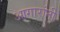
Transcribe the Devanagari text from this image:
आगारांनी